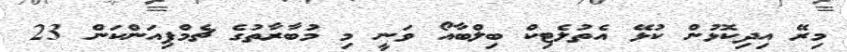
މިރޭ އިދިކޮޅުން ކުޅޭ އެތުލެޓިކް ބިލްބާއޯ ވަނީ މި މުބާރާތުގެ ޗެމްޕިއަންކަން 23